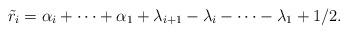
LaTeX: \begin{align*}\tilde{r}_{i}=\alpha_{i}+\cdots+\alpha_{1}+\lambda_{i+1}-\lambda_{i}-\cdots-\lambda_{1}+1/2.\end{align*}